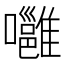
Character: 𡄸